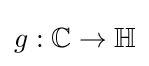
g:\mathbb {C} \to \mathbb {H}